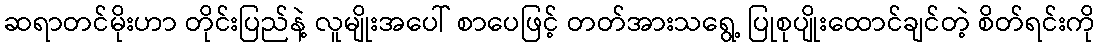
ဆရာတင်မိုးဟာ တိုင်းပြည်နဲ့ လူမျိုးအပေါ် စာပေဖြင့် တတ်အားသရွေ့ ပြုစုပျိုးထောင်ချင်တဲ့ စိတ်ရင်းကို